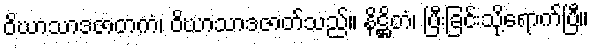
ဝိဃာသာဒဇာတကံ၊ ဝိဃာသာဒဇာတ်သည်။ နိဋ္ဌိတံ၊ ပြီးခြင်းသို့ရောက်ပြီ။